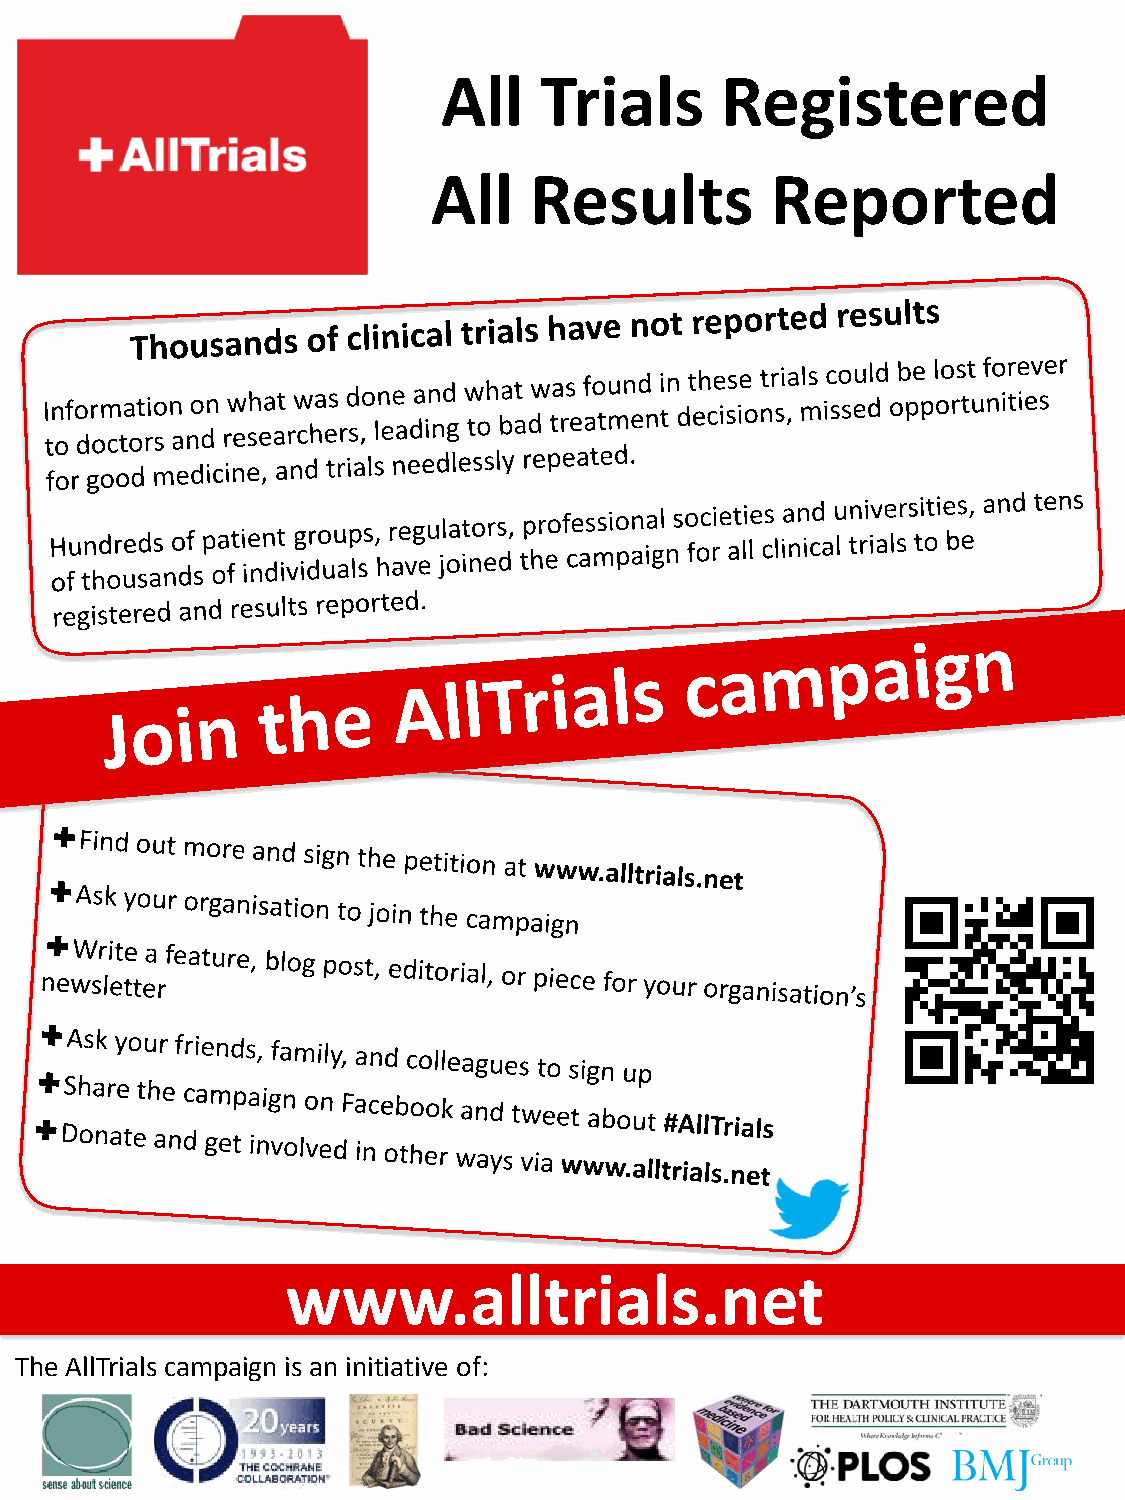
All    Trials      Registered
 All   Results         Reported
 www.alltrials.net
 The AllTrials campaign is an initiative of: